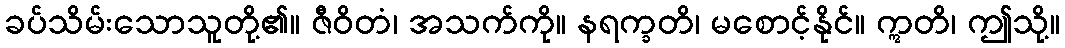
ခပ်သိမ်းသောသူတို့၏။ ဇီဝိတံ၊ အသက်ကို။ နရက္ခတိ၊ မစောင့်နိုင်။ ဣတိ၊ ဤသို့။